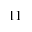
_ { 1 1 }